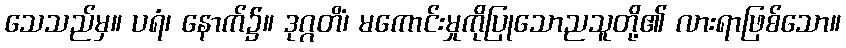
သေသည်မှ။ ပရံ၊ နောက်၌။ ဒုဂ္ဂတိံ၊ မကောင်းမှုကိုပြုသောညသူတို့၏ လားရာဖြစ်သော။